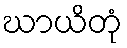
ဃာယိတုံ